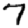
Digit: 7